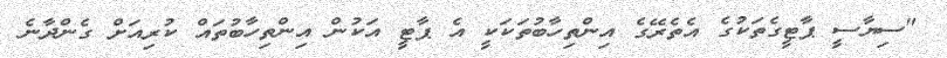
"ސިޔާސީ ޕާޓީގެތަކުގެ އެތެރޭގެ އިންތިހާބުތަކަކީ އެ ޕާޓީ އަކުން އިންތިހާބުތައް ކުރިއަށް ގެންދާނެ